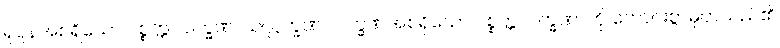
ရုပ္ပနအစရှိသော ပစ္စတ္တ လက္ခဏ၊ သလ္လက္ခဏ လက္ခဏအစရှိသော ပစ္စတ္တလက္ခဏာကို ကောင်းစွာမှတ်သည်၏